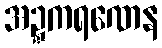
အဍ္ဍကရဏေန